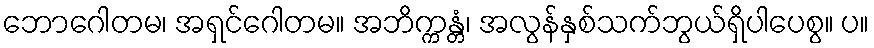
ဘောဂေါတမ၊ အရှင်ဂေါတမ။ အဘိက္ကန္တံ၊ အလွန်နှစ်သက်ဘွယ်ရှိပါပေစွ။ ပ။